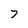
Character: 7